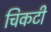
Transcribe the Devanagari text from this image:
चिकटी